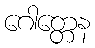
ဂေါတ္တေန